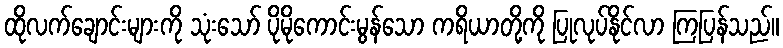
ထိုလက်ချောင်းများကို သုံးသော် ပိုမိုကောင်းမွန်သော ကရိယာတို့ကို ပြုလုပ်နိုင်လာ ကြပြန်သည်။